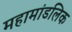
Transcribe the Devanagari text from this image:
महामांडलिक